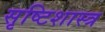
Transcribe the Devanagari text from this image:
सृष्टिशास्त्र